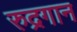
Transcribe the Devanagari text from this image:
रुद्रगान